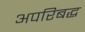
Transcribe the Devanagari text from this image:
अपरिबद्ध